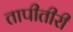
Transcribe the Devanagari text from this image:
तापीतीरी